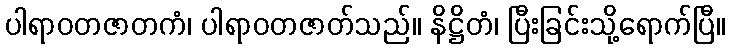
ပါရာဝတဇာတကံ၊ ပါရာဝတဇာတ်သည်။ နိဋ္ဌိတံ၊ ပြီးခြင်းသို့ရောက်ပြီ။